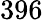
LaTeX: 396